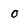
Character: 0